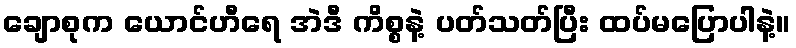
ချောစုက ယောင်ဟီရေ အဲဒီ ကိစ္စနဲ့ ပတ်သတ်ပြီး ထပ်မပြောပါနဲ့။